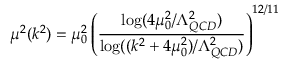
\mu ^ { 2 } ( k ^ { 2 } ) = \mu _ { 0 } ^ { 2 } \left( { \frac { \log ( 4 \mu _ { 0 } ^ { 2 } / \Lambda _ { Q C D } ^ { 2 } ) } { \log ( ( k ^ { 2 } + 4 \mu _ { 0 } ^ { 2 } ) / \Lambda _ { Q C D } ^ { 2 } ) } } \right) ^ { 1 2 / 1 1 }